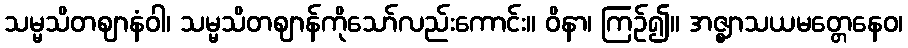
သမ္မသိတဈာနံဝါ၊ သမ္မသိတဈာန်ကိုသော်လည်းကောင်း။ ဝိနာ၊ ကြဉ်၍။ အဇ္ဈာသယမတ္တေနေဝ၊